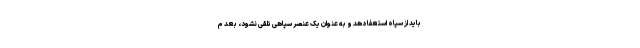
باید از سپاه استعفا دهد و به عنوان یک عنصر سپاهی تلقی نشود، بعد م